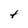
Character: t